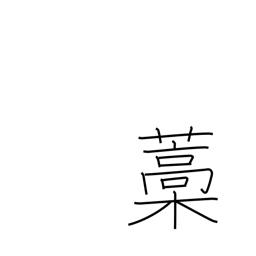
Meaning: straw